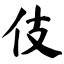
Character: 伎